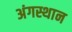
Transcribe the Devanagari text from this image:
अंगस्थान